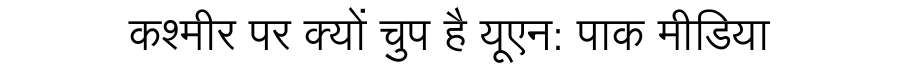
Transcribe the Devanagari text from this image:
कश्मीर पर क्यों चुप है यूएन: पाक मीडिया